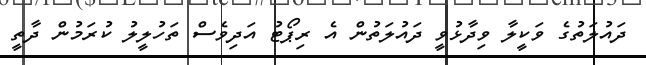
ދައުލަތުގެ ވަކީލާ ވިދާޅުވީ ދައުލަތުން އެ ރިޕޯޓު އަދިވެސް ތަހުލީލު ކުރަމުން ދާތީ